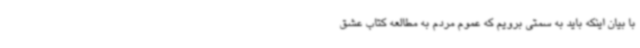
با بیان اینکه باید به سمتی برویم که عموم مردم به مطالعه کتاب عشق